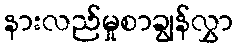
နားလည်မှုစာချွန်လွှာ